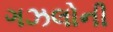
ગઝલોની